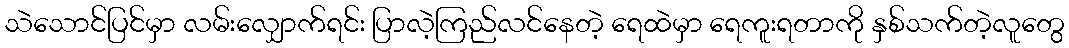
သဲသောင်ပြင်မှာ လမ်းလျှောက်ရင်း ပြာလဲ့ကြည်လင်နေတဲ့ ရေထဲမှာ ရေကူးရတာကို နှစ်သက်တဲ့လူတွေ